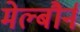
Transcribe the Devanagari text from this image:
मेल्बौर्न